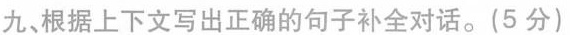
九、根据上下文写出正确的句子补全对话。(5 分)